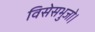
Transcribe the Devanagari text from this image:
विसेसभुजो।